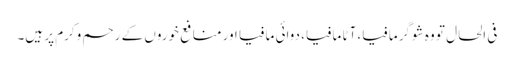
فی الحال تو وہ شوگر مافیا، آٹا مافیا، دوائی مافیا اور منافع خوروں کے رحم وکرم پر ہیں۔